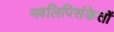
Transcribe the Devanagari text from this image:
नवलिपिसंकेतों